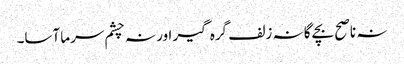
نہ ناصح بچے گا نہ زلف گرہ گیر اور نہ چشم سرما آسا۔